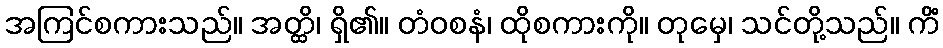
အကြင်စကားသည်။ အတ္ထိ၊ ရှိ၏။ တံဝစနံ၊ ထိုစကားကို။ တုမှေ၊ သင်တို့သည်။ ကိံ